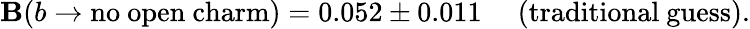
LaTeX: \mathbf{B}(b\to\mathrm{{no~open~charm}})=0.052\pm0.011\; \quad\mathrm{{(traditional~guess)}}.